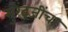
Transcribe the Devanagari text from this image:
सुरेंद्रजींचा